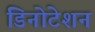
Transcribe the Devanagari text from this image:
डिनोटेशन